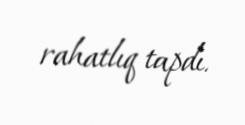
rahatlıq tapdı.